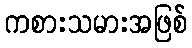
ကစားသမားအဖြစ်